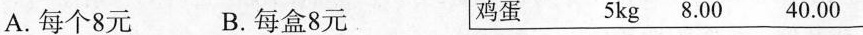
A.每个8元 B.每盒8元 鸡蛋 5kg 8.00 40.00